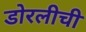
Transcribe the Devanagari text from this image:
डोरलीची